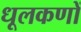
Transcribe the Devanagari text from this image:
धूलकणों